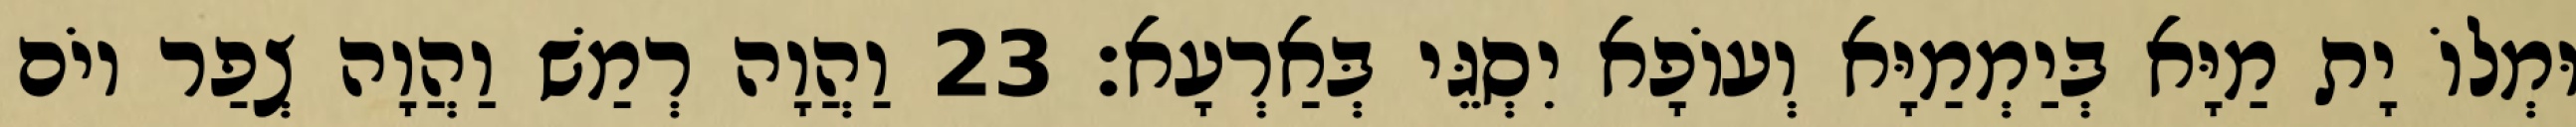
וּמְלוֹ יָת מַיָּא בְּיַמְמַיָּא וְעוֹפָא יִסְגֵּי בְּאַרְעָא׃ 23 וַהֲוָה רְמַשׁ וַהֲוָה צְפַר יוֹם